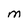
Character: M